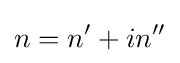
n=n'+in''